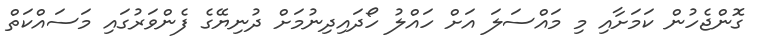
ގޮންޖެހުން ކަމަށާއި މި މައްސަލަ އަށް ހައްލު ހޯދައިދިނުމަށް ދުނިޔޭގެ ފެންވަރުގައި މަސައްކަތް